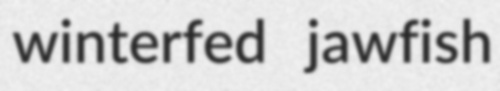
winterfed jawfish